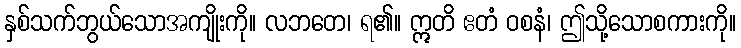
နှစ်သက်ဘွယ်သောအကျိုးကို။ လဘတေ၊ ရ၏။ ဣတိ ဧတံ ဝစနံ၊ ဤသို့သောစကားကို။